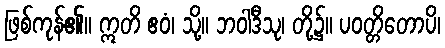
ဖြစ်ကုန်၏။ ဣတိ ဧဝံ၊ သို့။ ဘဝါဒီသု၊ တို့၌။ ပဝတ္တိတောပိ၊